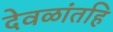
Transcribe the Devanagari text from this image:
देवळांतहि